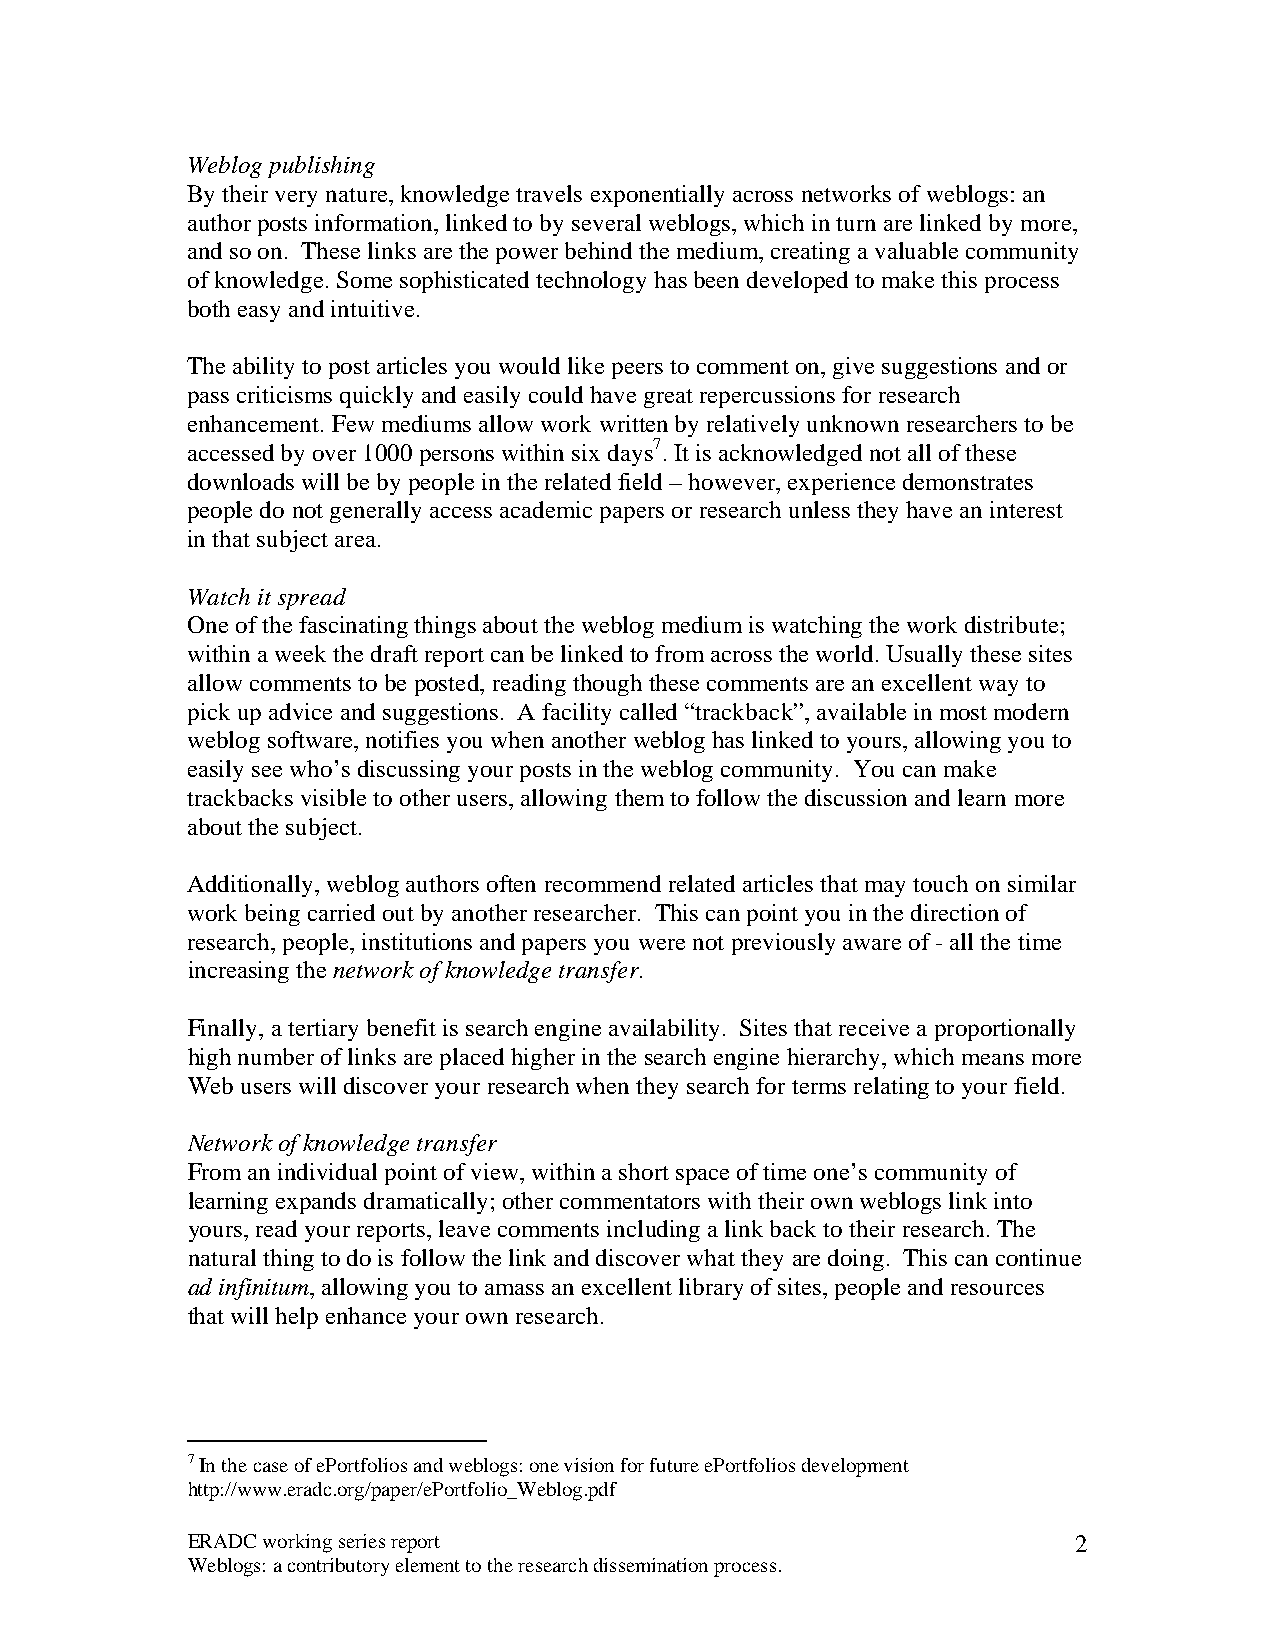
Weblog publishing
 By their very nature, knowledge travels exponentially across networks of weblogs: an
 author posts information, linked to by several weblogs, which in turn are linked by more,
 and so on. These links are the power behind the medium, creating a valuable community
 of knowledge. Some sophisticated technology has been developed to make this process
 both easy and intuitive.
 The ability to post articles you would like peers to comment on, give suggestions and or
 pass criticisms quickly and easily could have great repercussions for research
 enhancement. Few mediums allow work written by relatively unknown researchers to be
 accessed by over 1000 persons within six days7. It is acknowledged not all of these
 downloads will be by people in the related field – however, experience demonstrates
 people do not generally access academic papers or research unless they have an interest
 in that subject area.
 Watch it spread
 One of the fascinating things about the weblog medium is watching the work distribute;
 within a week the draft report can be linked to from across the world. Usually these sites
 allow comments to be posted, reading though these comments are an excellent way to
 pick up advice and suggestions. A facility called “trackback”, available in most modern
 weblog software, notifies you when another weblog has linked to yours, allowing you to
 easily see who’s discussing your posts in the weblog community. You can make
 trackbacks visible to other users, allowing them to follow the discussion and learn more
 about the subject.
 Additionally, weblog authors often recommend related articles that may touch on similar
 work being carried out by another researcher. This can point you in the direction of
 research, people, institutions and papers you were not previously aware of - all the time
 increasing the network of knowledge transfer.
 Finally, a tertiary benefit is search engine availability. Sites that receive a proportionally
 high number of links are placed higher in the search engine hierarchy, which means more
 Web users will discover your research when they search for terms relating to your field.
 Network of knowledge transfer
 From an individual point of view, within a short space of time one’s community of
 learning expands dramatically; other commentators with their own weblogs link into
 yours, read your reports, leave comments including a link back to their research. The
 natural thing to do is follow the link and discover what they are doing. This can continue
 ad infinitum, allowing you to amass an excellent library of sites, people and resources
 that will help enhance your own research.
 7 In the case of ePortfolios and weblogs: one vision for future ePortfolios development
 http://www.eradc.org/paper/ePortfolio_Weblog.pdf
 ERADC working series report                                2
 Weblogs: a contributory element to the research dissemination process.